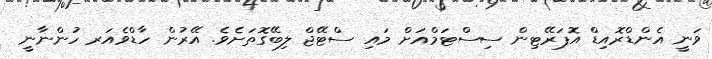
ވަނީ އެންޑްރޮއިޑް އޮޕަރޭޓިން ސިސްޓަމްއަށް މައި ސްޓޭޖް ލިބޭގޮތަށެވެ. އޭރުން ހާޑްވެއަރ ހުންނާނީ